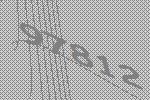
97812